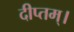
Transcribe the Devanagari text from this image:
दीप्तम्।